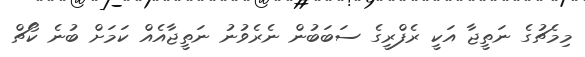
މިމެޗުގެ ނަތީޖާ އަކީ ރެފްރީގެ ސަބަބުން ނެރެވުނު ނަތީޖާއެއް ކަމަށް ބުނެ ކޯޗް